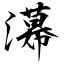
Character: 濗